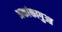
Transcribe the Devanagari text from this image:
अकांकागुआ